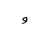
Letter: _waw